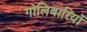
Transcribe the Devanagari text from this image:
गोलिबारियों